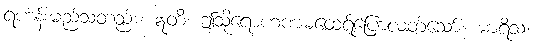
ရဟန်းမည်သတည်း။ ဣတိ၊ ဤသို့ရောဟဏမထေရ်ပြောလတ်သော်။ မာရိသ၊